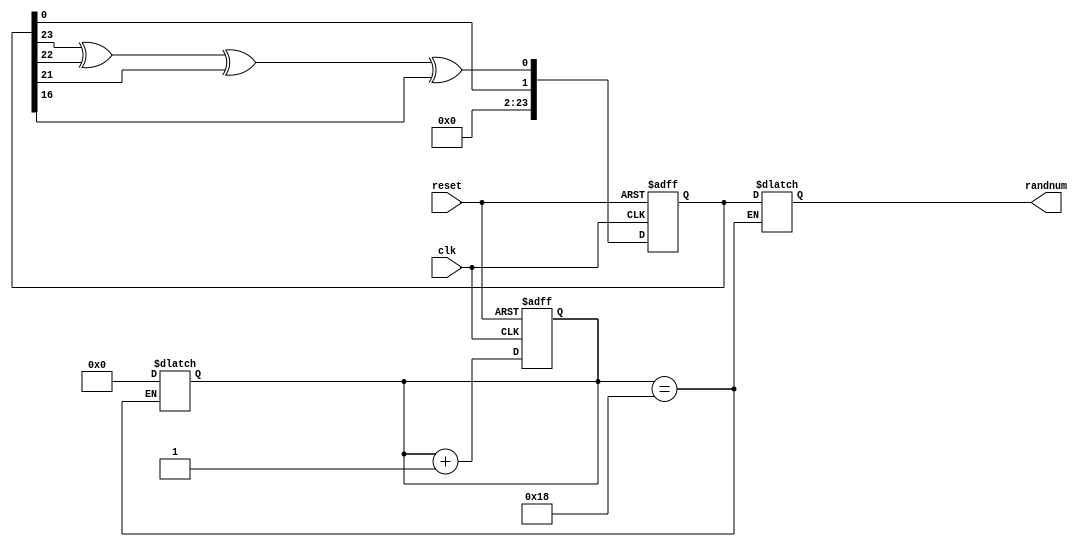
`timescale 1ns / 1ps
//////////////////////////////////////////////////////////////////////////////////
// Company: 
// Engineer: 
// 
// Design Name: 
// Module Name: lsfr_random_num
// Project Name: 
// Target Devices: 
// Tool Versions: 
// Description: 
// 
// Dependencies: 
// 
// Revision:
// Revision 0.01 - File Created
// Additional Comments:
// 
//////////////////////////////////////////////////////////////////////////////////


module lfsr_random_num(
    input wire clk,
    input wire reset,
    output reg [23:0] randnum //24 bit random number generator
    ); 

    reg [23:0] n, left_shift;
    reg [4:0] t1, t2; //tracking shifts
    wire feed_poly = n[23] ^ n[22] ^ n[21] ^ n[16]; //obtained from Xilinx calculated values 
    wire shift = n[22:0];
    
    always @ (*) begin  
        left_shift = {shift, feed_poly}; 
        t2 = t1 + 1'b1;

        if (t1 == 24) begin
            randnum <= n;
            t1 = 5'b00000;
        end
    end
    
    always @ (posedge clk or posedge reset) begin
        if (!reset) begin
            n <= left_shift;
            t1 <= t2;
        end
        else begin
            n <= 24'hF; 
            t1 <= 5'b00000;
        end
    end

endmodule